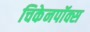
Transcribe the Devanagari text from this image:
चिकेनपॉक्स